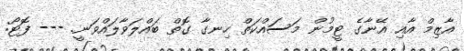
އާޒިމް އާއި އޭނާގެ ޓީމުން މަސައްކަތް ހިނގާ ގޮތް ބައްލަވާލައްވަނީ. --- ފޮޓޯ: